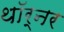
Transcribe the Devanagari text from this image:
थॉर्नर